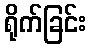
ရိုက်ခြင်း